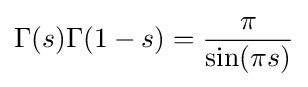
\Gamma (s)\Gamma (1-s)={\pi  \over \sin(\pi s)}